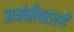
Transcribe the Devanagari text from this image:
जर्मनीबद्दलची